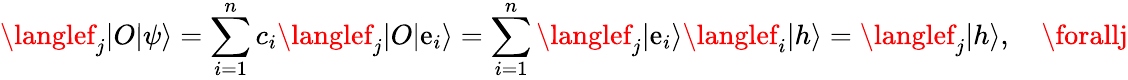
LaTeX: \langlef_{j}|O|\psi\rangle=\sum_{i=1}^{n}c_{i}\langlef_{j}|O|\mathrm{e}_{i}\rangle=\sum_{i=1}^{n}\langlef_{j}|\mathrm{e}_{i}\rangle\langlef_{i}|h\rangle=\langlef_{j}|h\rangle,\quad\forallj